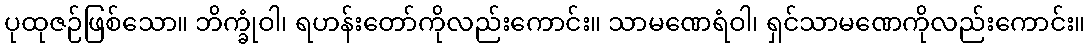
ပုထုဇဉ်ဖြစ်သော။ ဘိက္ခုံဝါ၊ ရဟန်းတော်ကိုလည်းကောင်း။ သာမဏေရံဝါ၊ ရှင်သာမဏေကိုလည်းကောင်း။